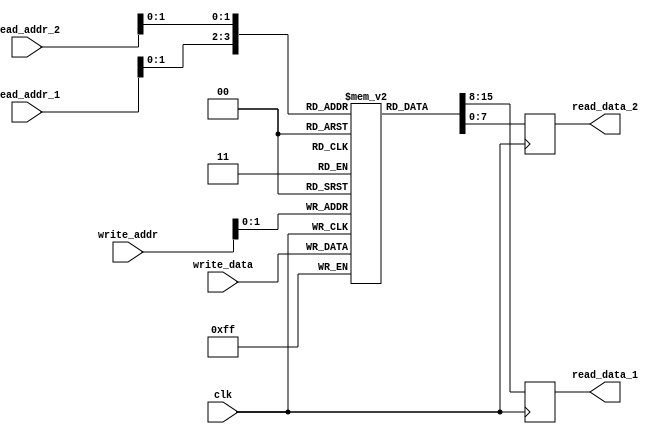
module Circular_Register_File (
  input wire clk,
  input wire [7:0] write_data,
  input wire [2:0] write_addr,
  input wire [2:0] read_addr_1,
  input wire [2:0] read_addr_2,
  output reg [7:0] read_data_1,
  output reg [7:0] read_data_2
);

reg [7:0] regfile [3:0];

always @ (posedge clk) begin
  // Write operation
  regfile[write_addr] <= write_data;
  
  // Read operations
  read_data_1 <= regfile[read_addr_1];
  read_data_2 <= regfile[read_addr_2];
end

endmodule